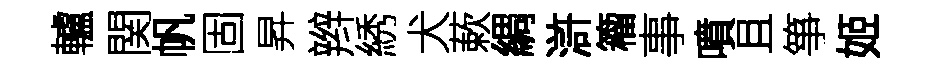
轤関帆固昇辫綉犬蔌綢滸籕事噴且箏姬